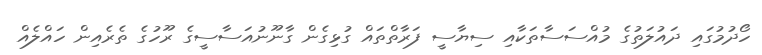
ހޯދުމުގައި ދައުލަތުގެ މުއްސަސާތަކާއި ސިޔާސީ ފަރާތްތައް ގުޅިގެން ގާނޫނުއަސާސީގެ ރޫހުގެ ތެރެއިން ހައްލެއް